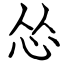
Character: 怂